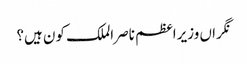
نگراں وزیراعظم ناصر الملک کون ہیں؟